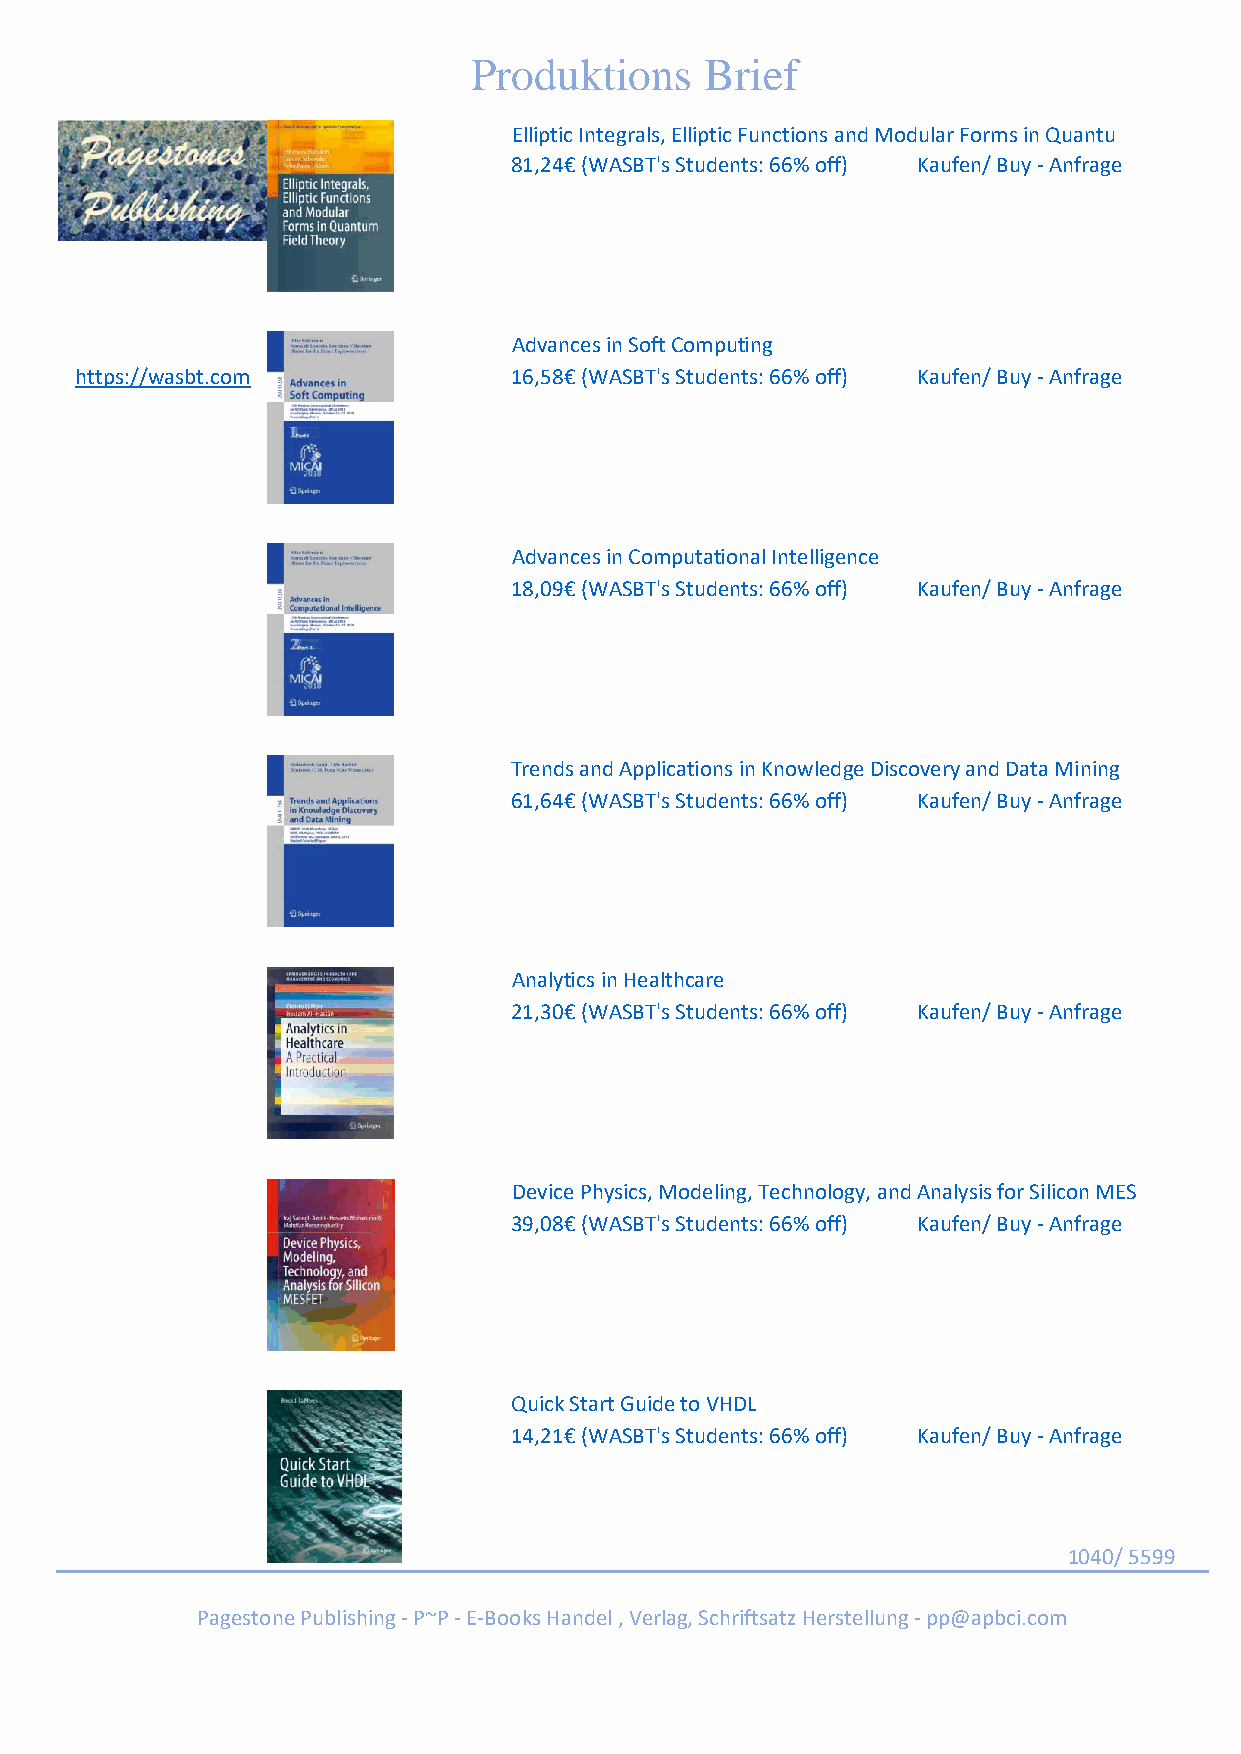
Produktions     Brief
 Elliptic Integrals, Elliptic Functions and Modular Forms in Quantu
 81,24€ (WASBT's Students: 66% off) Kaufen/ Buy - Anfrage
 Advances in Soft Computing
 https://wasbt.com            16,58€ (WASBT's Students: 66% off) Kaufen/ Buy - Anfrage
 Advances in Computational Intelligence
 18,09€ (WASBT's Students: 66% off) Kaufen/ Buy - Anfrage
 Trends and Applications in Knowledge Discovery and Data Mining
 61,64€ (WASBT's Students: 66% off) Kaufen/ Buy - Anfrage
 Analytics in Healthcare
 21,30€ (WASBT's Students: 66% off) Kaufen/ Buy - Anfrage
 Device Physics, Modeling, Technology, and Analysis for Silicon MES
 39,08€ (WASBT's Students: 66% off) Kaufen/ Buy - Anfrage
 Quick Start Guide to VHDL
 14,21€ (WASBT's Students: 66% off) Kaufen/ Buy - Anfrage
 1040/ 5599
 Pagestone Publishing - P~P - E-Books Handel , Verlag, Schriftsatz Herstellung - pp@apbci.com